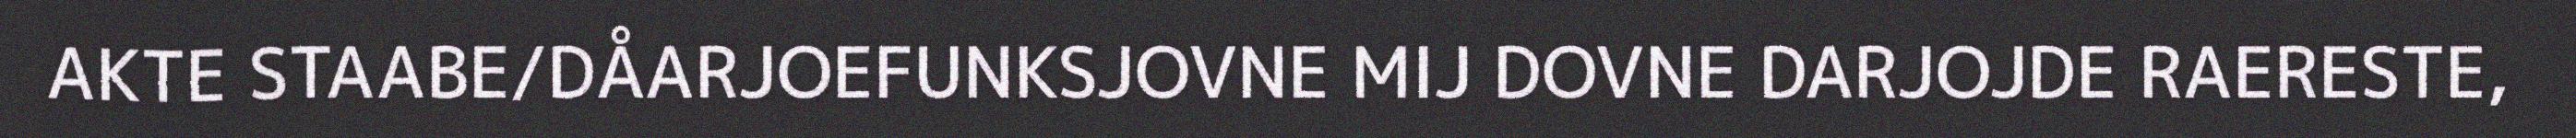
AKTE STAABE/DÅARJOEFUNKSJOVNE MIJ DOVNE DARJOJDE RAERESTE,